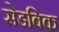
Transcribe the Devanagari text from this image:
सेडविक